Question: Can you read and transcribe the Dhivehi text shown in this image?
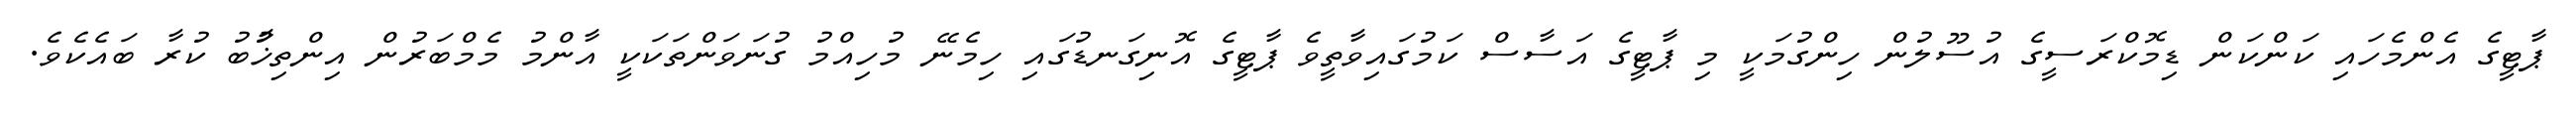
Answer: ޕާޓީގެ އެންމެހައި ކަންކަން ޑިމޮކްރަސީގެ އުސޫލުން ހިންގުމަކީ މި ޕާޓީގެ އަސާސް ކަމުގައިވާތީވެ ޕާޓީގެ އޮނިގަނޑުގައި ހިމެނޭ މުހިއްމު ގުނަވަންތަކަކީ އާންމު މެމްބަރުން އިންތިޚާުބު ކުރާ ބައެކެވެ.